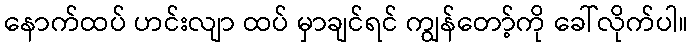
နောက်ထပ် ဟင်းလျာ ထပ် မှာချင်ရင် ကျွန်တော့်ကို ခေါ်လိုက်ပါ။